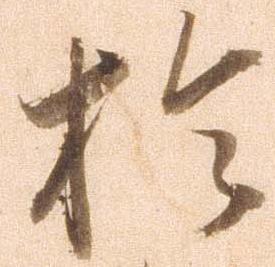
於